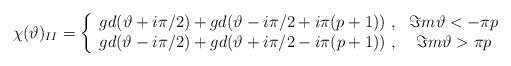
\begin{align*}\chi (\vartheta )_{II}=\left\{ \begin{array}{cc}gd(\vartheta +i\pi /2)+gd(\vartheta -i\pi /2+i\pi (p+1))\, \, , & \Im m\vartheta <-\pi p\\gd(\vartheta -i\pi /2)+gd(\vartheta +i\pi /2-i\pi (p+1))\, \, , & \Im m\vartheta >\pi p\end{array}\right.\end{align*}